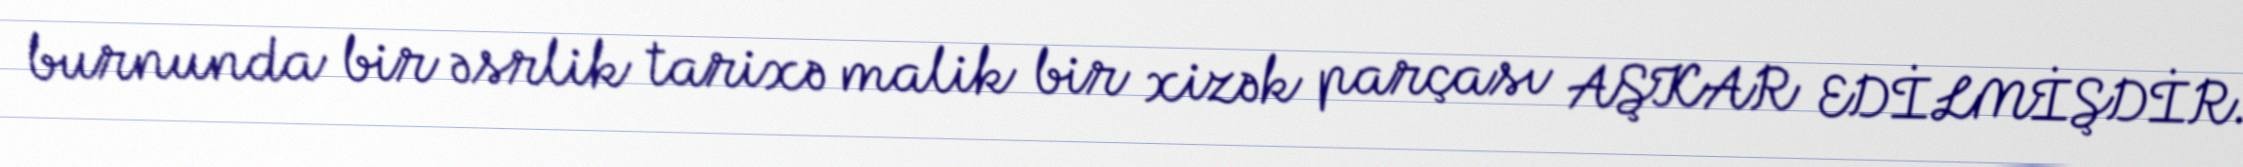
burnunda bir əsrlik tarixə malik bir xizək parçası AŞKAR EDİLMİŞDİR.